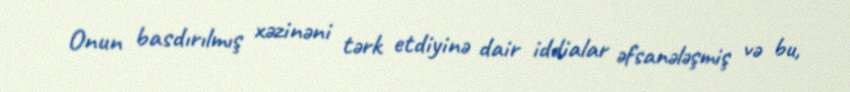
Onun basdırılmış xəzinəni tərk etdiyinə dair iddialar əfsanələşmiş və bu,